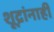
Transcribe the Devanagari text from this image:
शूद्रांनाही